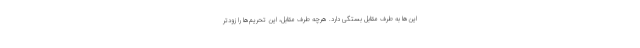
این‌ها به طرف مقابل بستگی دارد. هرچه طرف مقابل، این تحریم‌ها را زودتر